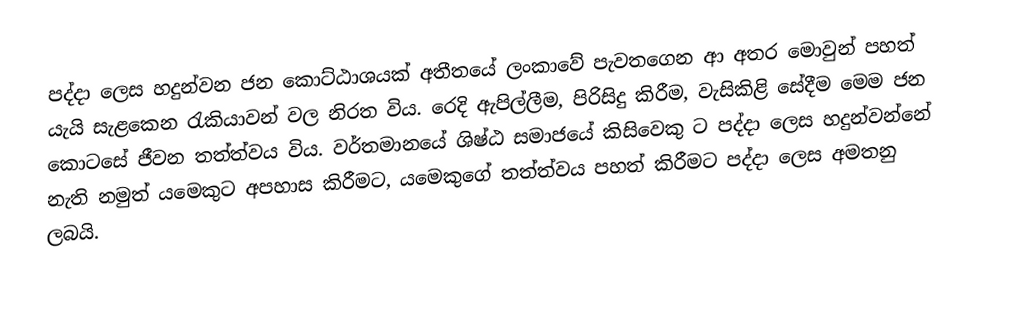
පද්දා ලෙස හදුන්වන ජන කොට්ඨාශයක් අතීතයේ ලංකාවේ පැවතගෙන ආ අතර මොවුන් පහත් යැයි සැළකෙන රැකියාවන් වල නිරත විය. රෙදි ඇපිල්ලීම, පිරිසිදු කිරීම, වැසිකිළි සේදීම මෙම ජන කොටසේ ජීවන තත්ත්වය විය. වර්තමානයේ ශිෂ්ඨ සමාජයේ කිසිවෙකු ට පද්දා ලෙස හදුන්වන්නේ නැති නමුත් යමෙකුට අපහාස කිරීමට, යමෙකුගේ තත්ත්වය පහත් කිරීමට පද්දා ලෙස අමතනු ලබයි.